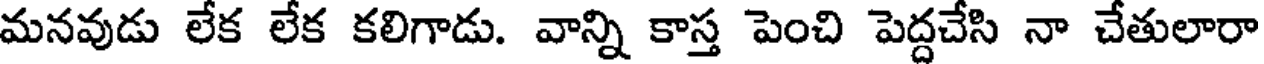
మనవుడు లేక లేక కలిగాడు. వాన్ని కాస్త పెంచి పెద్దచేసి నా చేతులారా